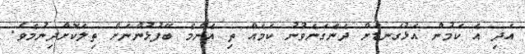
އަދި އެ ކަމުން އަޅުގަނޑަށް ދެނެގަނެވުނު ކަމެއް ތި އެންމެ ބޭފުޅުންނަށް ތިލަކޮށްދިނުމެވެ.